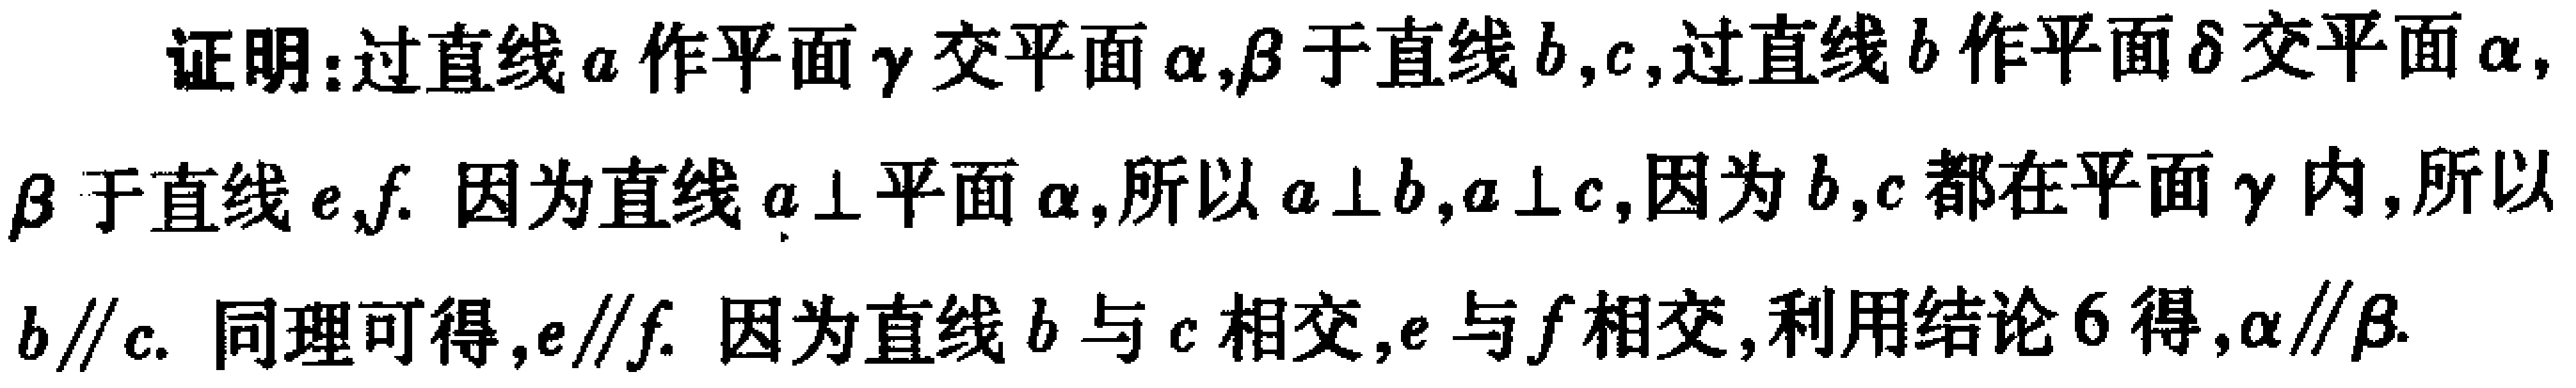
证明：过直线\(a\)作平面\(\gamma\)交平面\(\alpha,\beta\)于直线\(b,c\)，过直线\(b\)作平面\(\delta\)交平面\(\alpha,\beta\)于直线\(e,f\). 因为直线\(a\perp\)平面\(\alpha\)，所以\(a\perp b,a\perp c\)，因为\(b,c\)都在平面\(\gamma\)内，所以\(b\parallel c\). 同理可得，\(e\parallel f\). 因为直线\(b\)与\(c\)相交，\(e\)与\(f\)相交，利用结论\(6\)得，\(\alpha\parallel\beta\)